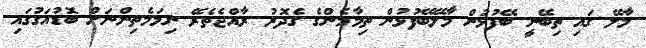
މާލޭ ގައި ތިބޭނީ ބޭފުޅުން މާލޭބޭފުޅުން ތިމާމެންގެ ގެދޮރު ރާއްޖެތެރޭ ނިމަމެތިންނަށް ބޮޑުއަގުގައި